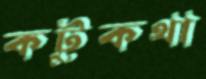
কটুকথা